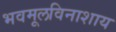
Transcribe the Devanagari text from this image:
भवमूलविनाशाय